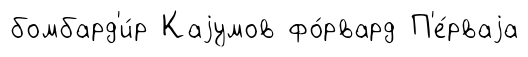
бомбард'и́р Каjумов фо́рвард П'е́рваjа